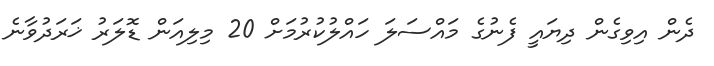
ދެން އިވިގެން ދިޔައީ ފެނުގެ މައްސަލަ ހައްލުކުރުމަށް 20 މިލިއަން ޑޮލަރު ޚަރަދުވާނެ